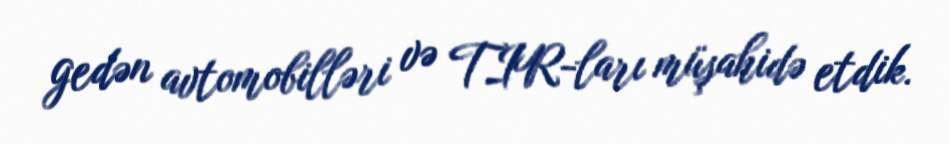
gedən avtomobilləri və TIR-ları müşahidə etdik.